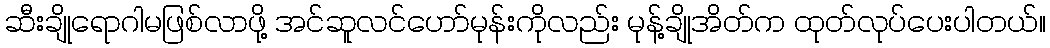
ဆီးချိုရောဂါမဖြစ်လာဖို့ အင်ဆူလင်ဟော်မုန်းကိုလည်း မုန့်ချိုအိတ်က ထုတ်လုပ်ပေးပါတယ်။